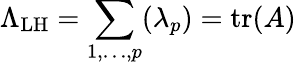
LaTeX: \Lambda_{\mathrm{LH}}=\sum_{1,\ldots,p}(\lambda_{p})=\operatorname{tr}(A)